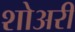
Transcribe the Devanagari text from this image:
शोअरी